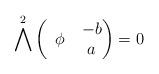
LaTeX: \begin{align*}\bigwedge^2 \begin{pmatrix} \:\:\phi\: & \begin{matrix} -b \\ a \end{matrix} \end{pmatrix} = 0 \end{align*}